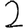
Digit: 2